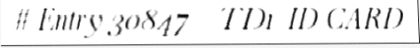
# Entry 30847 - TD1_ID_CARD